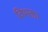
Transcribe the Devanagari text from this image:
विभक्ता